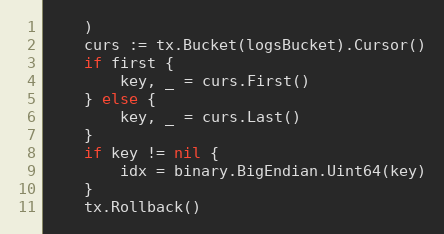
Language: Go
	)
	curs := tx.Bucket(logsBucket).Cursor()
	if first {
		key, _ = curs.First()
	} else {
		key, _ = curs.Last()
	}
	if key != nil {
		idx = binary.BigEndian.Uint64(key)
	}
	tx.Rollback()